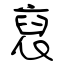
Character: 裒